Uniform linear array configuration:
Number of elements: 12
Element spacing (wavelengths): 0.75
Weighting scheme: kaiser
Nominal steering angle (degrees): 30
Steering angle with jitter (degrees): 28.305
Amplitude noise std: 0.05
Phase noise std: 0.05

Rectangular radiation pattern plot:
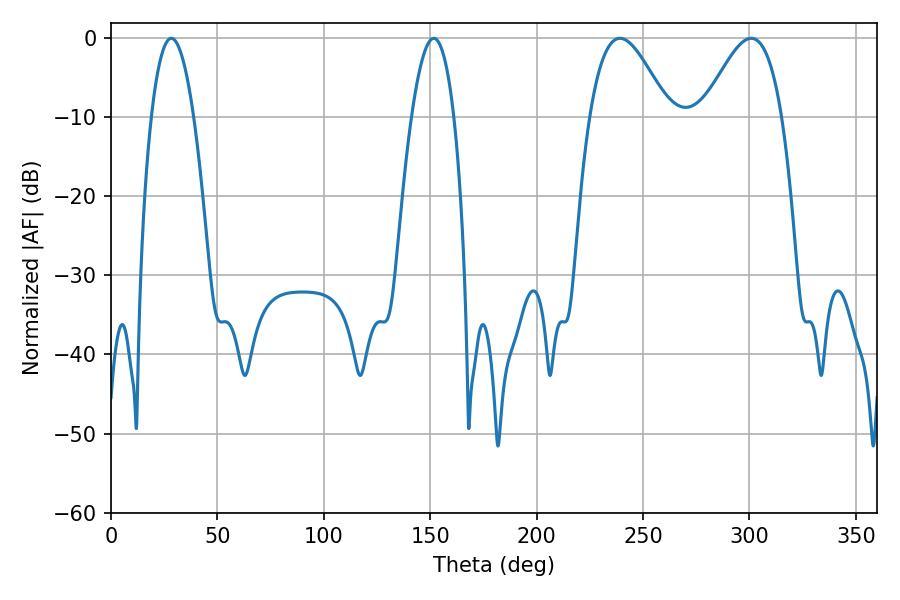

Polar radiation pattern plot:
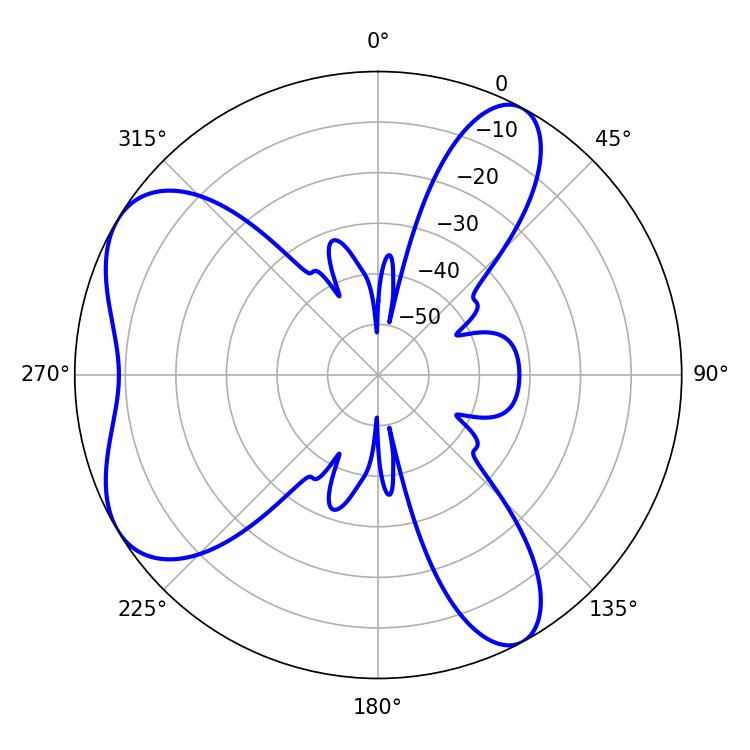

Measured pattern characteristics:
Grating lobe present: TRUE
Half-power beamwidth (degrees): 19.8
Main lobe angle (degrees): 300.78